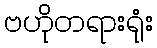
ဗဟိုတရားရုံး